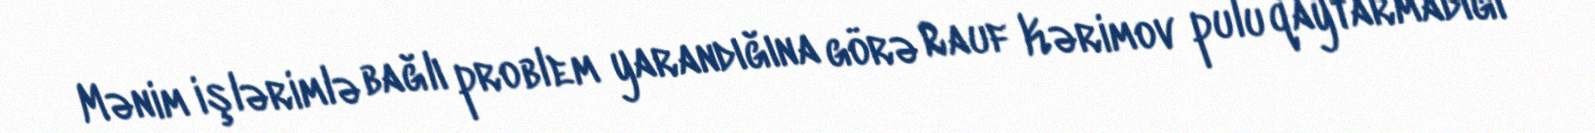
Mənim işlərimlə bağlı problem yarandığına görə Rauf Kərimov pulu qaytarmadığı